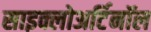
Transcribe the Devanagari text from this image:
साइक्लोअर्टिनॉल